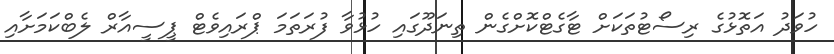
ހުވަދު އަތޮޅުގެ ރިސޯޓުތަކަށް ޓާގެޓްކޮށްގެން ތިނަދޫގައި ހުޅުވާ ފުރަތަމަ ޕްރައިވެޓް ޕީސީއާރް ލެބްކަމަށާއި